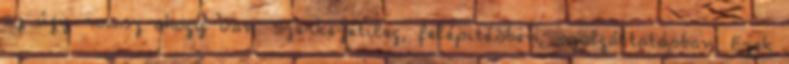
az úgy rossz ahogy van. Szerkezetileg, felépitésben, szolgáltatásban. Ezek